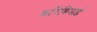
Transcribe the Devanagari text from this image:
करिबियाई